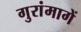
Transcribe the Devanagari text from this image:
गुरांमागें